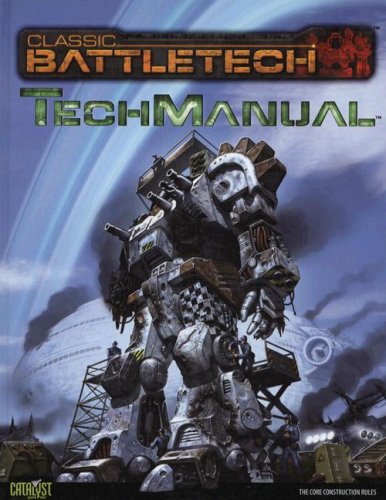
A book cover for Battletech Techmanual (Classic Battletech); Catalyst Game Labs; Science Fiction & Fantasy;